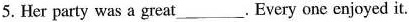
5. Her party was a great___. Every one enjoyed it.